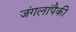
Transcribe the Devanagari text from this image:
जंगलांपैकी